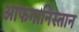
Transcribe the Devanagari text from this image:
आफगानिस्तान